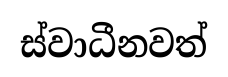
ස්වාධීනවත්